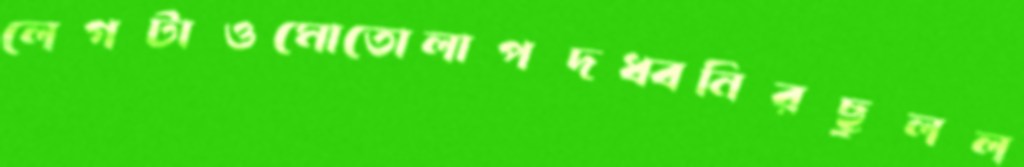
লেগটাওমোতোলাপদধ্বনিরছুলল